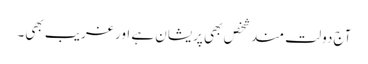
آج دولت مندشخص بھی پریشان ہے اور غریب بھی۔